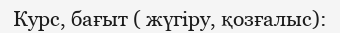
Курс, бағыт ( жүгіру, қозғалыс):